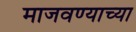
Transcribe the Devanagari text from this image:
माजवण्याच्या